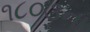
૧૮૦૩ના